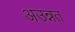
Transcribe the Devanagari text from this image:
अउन्नत